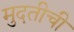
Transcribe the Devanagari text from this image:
मुदतीची